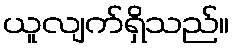
ယူလျက်ရှိသည်။